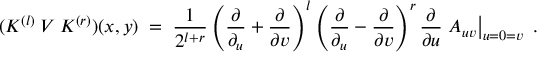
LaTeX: ( K ^ { ( l ) } \: V \: K ^ { ( r ) } ) ( x , y ) \; = \; \frac { 1 } { 2 ^ { l + r } } \left( \frac { \partial } { \partial _ { u } } + \frac { \partial } { \partial v } \right) ^ { l } \left( \frac { \partial } { \partial _ { u } } - \frac { \partial } { \partial v } \right) ^ { r } \frac { \partial } { \partial u } \left. A _ { u v } \right| _ { u = 0 = v } \; .